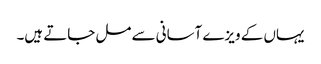
یہاں کے ویزے آسانی سے مل جاتے ہیں۔